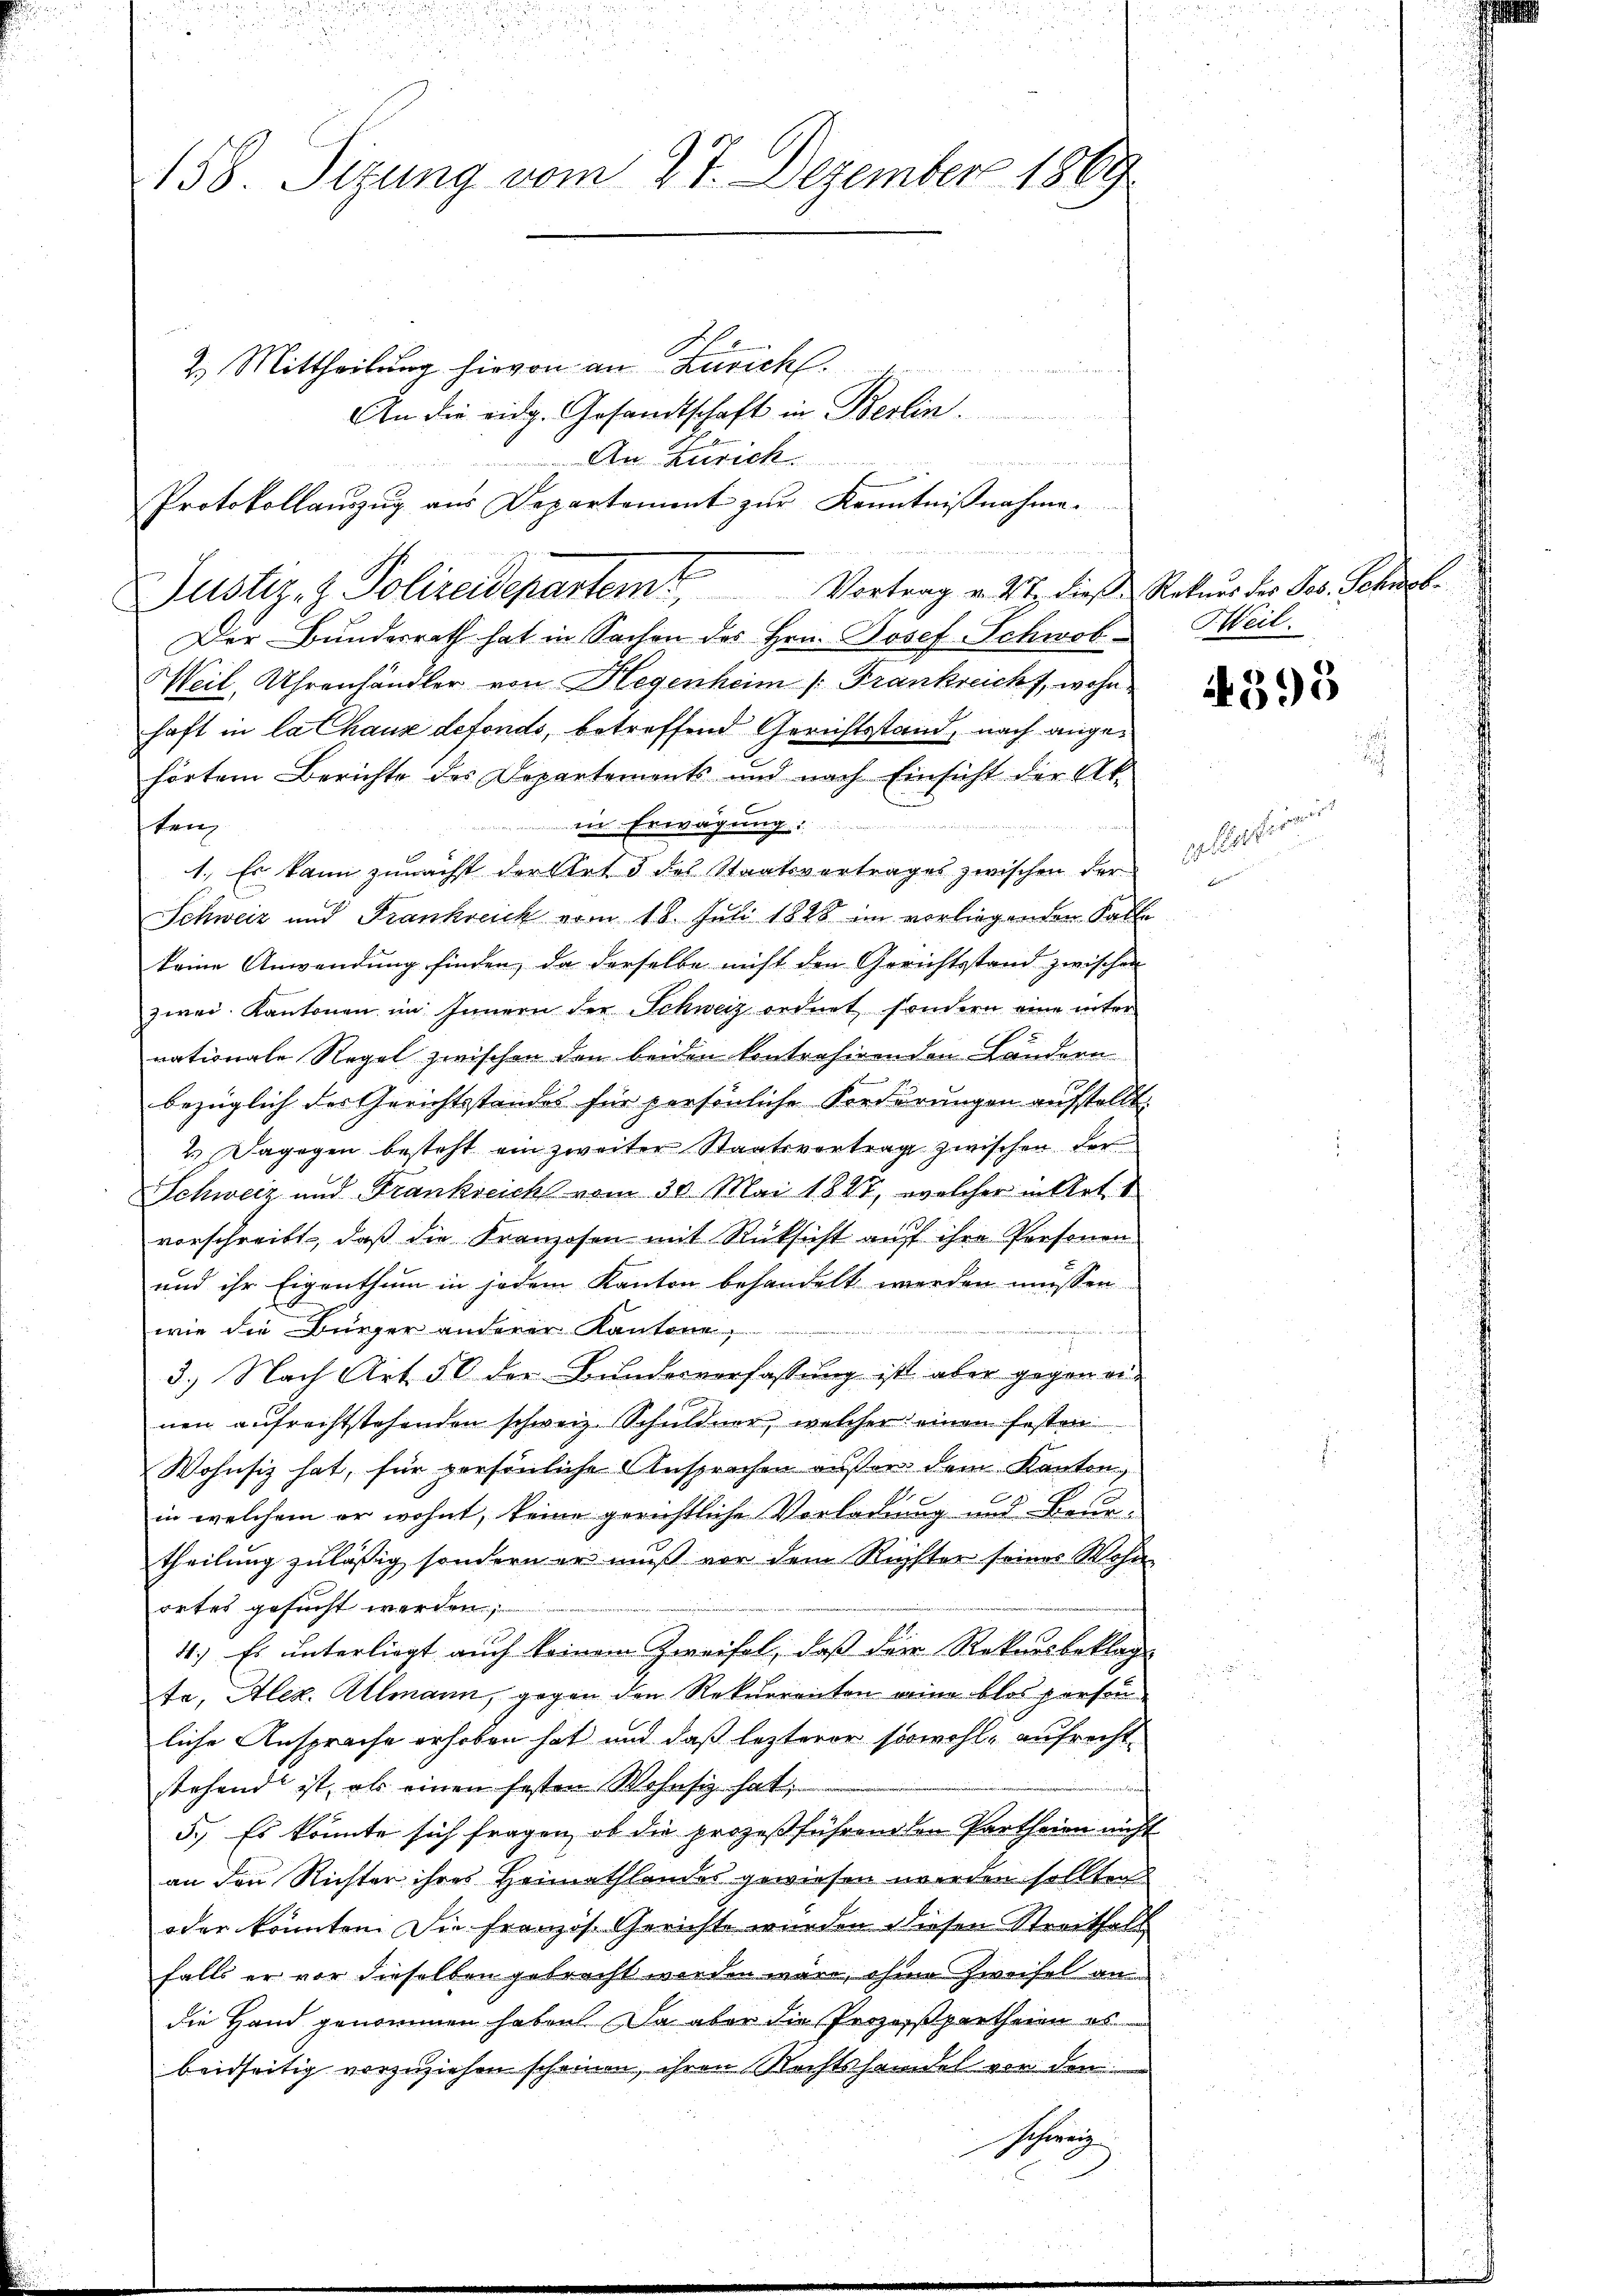
158. Sizung vom 27. Dezember 1869

2.) Mittheilung hievon an Zürich.
n
An die eidg. Gesandtschaft in Berlin.
Der Bundesrath hat in Sachen des Hrn. Josef Schwob-Heil.
Weil, Uhrenhändler von Hegenheim (: Frankreicht, wohn
haft in la Chaus defonds, betreffend Gerichtsstand, nach angehörtem Berichte des Departements und nach Einsicht der Ak
in Erwägung:
intreten andes
tan
1.) Es kann zunächst der Art 3 des Staatsvertrages zwischen der-
Schweiz und Frankreich vom 18. Juli 1828 im vorliegenden Falle
keine Anwendung finden, da derselbe nicht den Gerichtsstand zwischen
zwei Kantonen im Innern der Schweiz ordnet, sondern eine inter-
nationale Regel zwischen den beiden kontrahirenden Ländern
bezüglich des Gerichtsstandes für persönliche Forderungen aufstellt.
2.) Dagegen besteht ein zweiter Staatsvertrag zwischen der
Schweiz und Frankreich vom 30. Mai 1847, welcher in Art. 1
vorschreibt, daß die Franzosen mit Rücksicht auf ihre Personen
und ihr Eigenthum in jedem Kanton behandelt werden müssen
wie die Bürger anderer Kantone,

3.) Nach Art. 50 der Bundesverfassung ist aber gegen einen aufrechtstehenden schweiz. Schuldner, welcher einen festen
Wohnsiz hat, für persönliche Ansprachen außer dem Kanton,
in welchem er wohnt, keine gerichtliche Vorladung und Beurtheilung zulässig, sondern er muß vor dem Rechter seines Wohn
ortes gesucht werden;
41.) Es unterliegt auch keinem Zweifel, daß der Rekursbeklag-
te, Alex. Allmann, gegen den Rekurrenten eine blos person
liche Ansprache erhoben hat und daß lezterer sowohl, aufrecht
stehend ist, als einen festen Wohnsiz hat,
5.) Es könnte sich fragen, ob die prozeßführenden Partheien nicht
an den Richter ihres Heimathlandes gewiesen werden sollten.
oder könnten. Die Franzis Gerichte wurden diesen Streithalt
falls er vor dieselben gebracht werden wäre, ohne Zweifel an
die Hand genommen haben. Da aber die Porzeispartheien es
beidseitig vorzuziehen scheinen, ihren Rechtshandel vor den
schweiz

An Zürich
Protokollaŭszŭg ans Departament zŭr Kenntniβnahme.
2
Justiz- & Polizeidepartem Vortrag v. Mt. dieß Rekurs der Jos. Schick¬

Mit der

395

gelesen